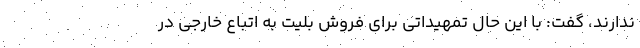
ندارند، گفت: با این حال تمهیداتی برای فروش بلیت به اتباع خارجی در